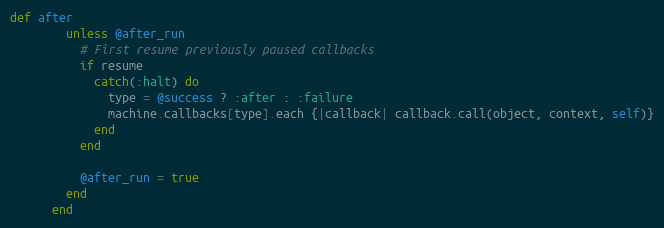
Language: Ruby
def after
        unless @after_run
          # First resume previously paused callbacks
          if resume
            catch(:halt) do
              type = @success ? :after : :failure
              machine.callbacks[type].each {|callback| callback.call(object, context, self)}
            end
          end

          @after_run = true
        end
      end